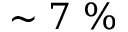
\sim 7 ~ \%